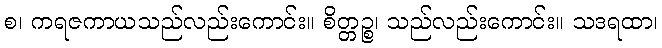
စ၊ ကရဇကာယသည်လည်းကောင်း။ စိတ္တဉ္စ၊ သည်လည်းကောင်း။ သဒရထာ၊